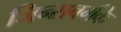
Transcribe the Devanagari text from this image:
जिन्सबर्गके